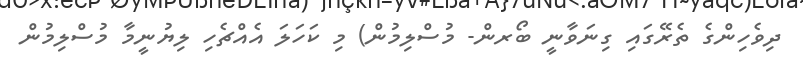
ދިވެހިންގެ ތެރޭގައި ގިނަވާނީ ބޯރން- މުސްލިމުން) މި ކަހަލަ އެއްޗެހި ލިޔުނީމާ މުސްލިމުން